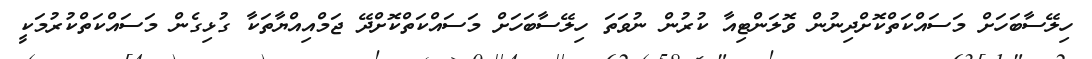
ހިލޭސާބަހަށް މަސައްކަތްކޮށްދިނުން ވޮލަންޓިއާ ކުރުން ނުވަތަ ހިލޭސާބަހަށް މަސައްކަތްކޮށްދޭ ޖަމްއިއްޔާތަކާ ގުޅިގެން މަސައްކަތްކުރުމަކީ